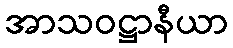
အာသဝဋ္ဌာနီယာ